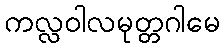
ကလ္လဝါလမုတ္တဂါမေ